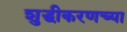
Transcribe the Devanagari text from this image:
शुद्धीकरणच्या